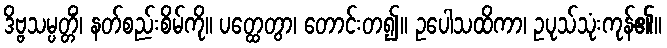
ဒိဗ္ဗသမ္ပတ္တိံ၊ နတ်စည်းစိမ်ကို။ ပတ္ထေတွာ၊ တောင်းတ၍။ ဥပေါသထိကာ၊ ဥပုသ်သုံးကုန်၏။